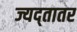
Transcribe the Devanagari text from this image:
ज्यद्तातर